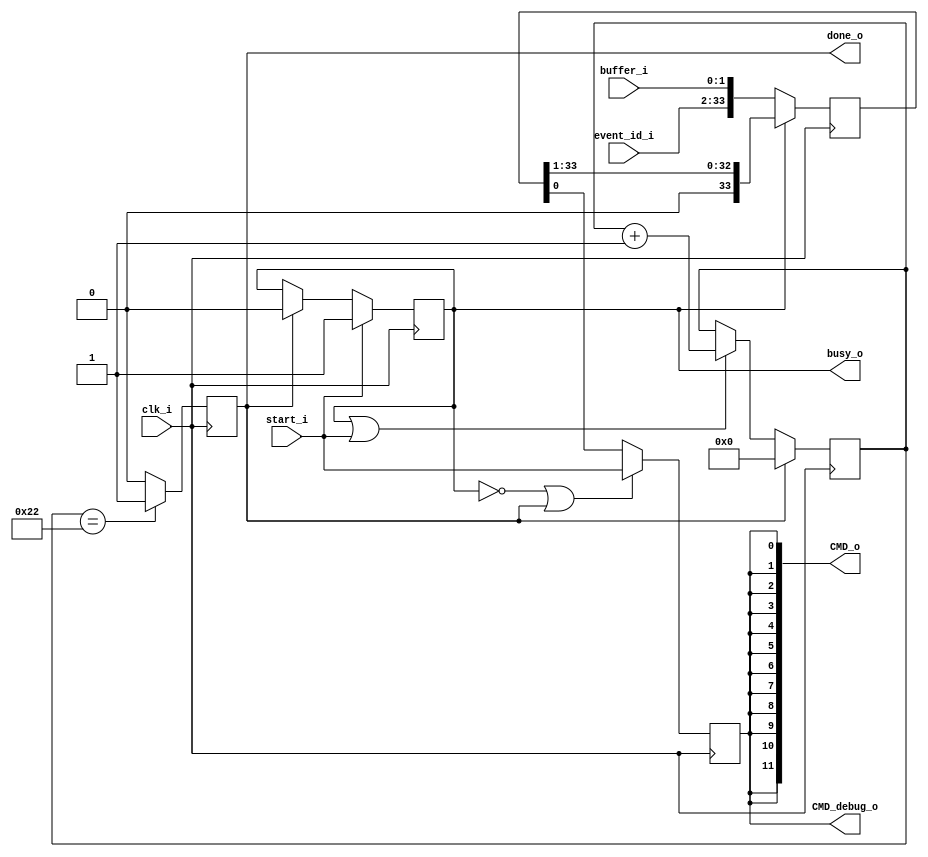
`timescale 1ns / 1ps
////////////////////////////////////////////////////////////////////////////////
// This file is a part of the Antarctic Impulsive Transient Antenna (ANITA)
// project, a collaborative scientific effort between multiple institutions. For
// more information, contact Peter Gorham (gorham@phys.hawaii.edu).
//
// All rights reserved.
//
// Author:
// Author:
////////////////////////////////////////////////////////////////////////////////
module SURF_command_interface(
		clk_i,
		event_id_i,
		buffer_i,
		start_i,
		busy_o,
		done_o,
		CMD_o,
		CMD_debug_o	
    );

	parameter NUM_SURFS = 12;

	input clk_i;
	input [31:0] event_id_i;
	input [1:0] buffer_i;
	input start_i;
	output done_o;
	output [NUM_SURFS-1:0] CMD_o;
	output CMD_debug_o;
	output busy_o;
	
	(* EQUIVALENT_REGISTER_REMOVAL = "FALSE" *)
	reg [NUM_SURFS-1:0] cmd_reg = {12{1'b0}};
	(* EQUIVALENT_REGISTER_REMOVAL = "FALSE" *)
	(* KEEP = "YES" *)
	reg cmd_debug = 0;
	
	reg [33:0] shift_reg = {34{1'b0}};
	reg [5:0] counter = {6{1'b0}};
	reg sending = 0;
	reg done = 0;
	wire cmd_reg_in = (!sending || done_o) ? start_i : shift_reg[0];
	// We need to send 36 total bits. 
	// Start bit sent at counter == 0.
	// Buffer ID sent at counter == 1, 2.
	// Event ID sent at 3,4,5,6, 7,8,9,10, 11,12,13,14, 15,16,17,18, 19,20,21,22 23,24,25,26 27,28,29,30 31,32,33,34.
	// When Counter == 34, assert done, the stop bit is sent.
	always @(posedge clk_i) begin
		cmd_reg <= {NUM_SURFS{cmd_reg_in}};
		cmd_debug <= cmd_reg_in;

		if (counter == 6'd34) done <= 1;
		else done <= 0;
		
		if (start_i) sending <= 1;
		else if (done) sending <= 0;		
		
		if (!sending) shift_reg <= {event_id_i,buffer_i};
		else shift_reg <= {1'b0,shift_reg[33:1]};

		if (done) counter <= 6'h00;
		else if (sending || start_i) counter <= counter + 1;
	end
	assign done_o = done;
	assign CMD_o = cmd_reg;
	assign CMD_debug_o = cmd_debug;
	assign busy_o = sending;
endmodule